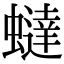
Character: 蟽